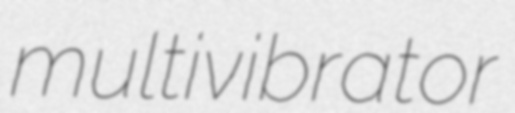
multivibrator